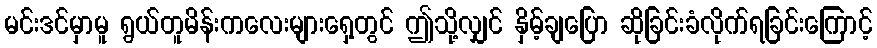
မင်းဒင်မှာမူ ရွယ်တူမိန်းကလေးများရှေ့တွင် ဤသို့လျှင် နှိမ့်ချပြော ဆိုခြင်းခံလိုက်ရခြင်းကြောင့်